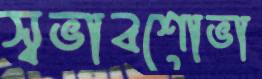
স্বভাবশোভা